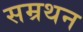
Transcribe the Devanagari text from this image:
सम्रथन